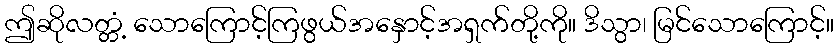
ဤဆိုလတ္တံ့ သောကြောင့်ကြဖွယ်အနှောင့်အရှက်တို့ကို။ ဒိသွာ၊ မြင်သောကြောင့်။